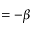
= - \beta